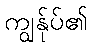
ကျွန်ုပ်၏